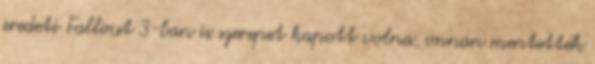
eredeti Fallout 3-ban is szerepet kapott volna, onnan mentették